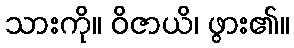
သားကို။ ဝိဇာယိ၊ ဖွား၏။